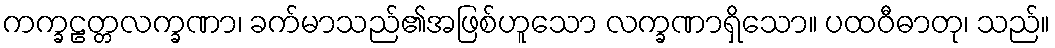
ကက္ခဠတ္တလက္ခဏာ၊ ခက်မာသည်၏အဖြစ်ဟူသော လက္ခဏာရှိသော။ ပထဝီဓာတု၊ သည်။